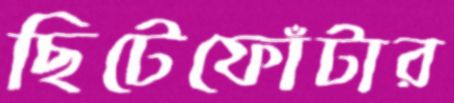
ছিটেফোঁটার